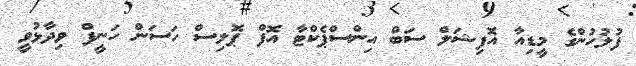
ފުލުހުންގެ މީޑިއާ އޮފިޝަލް ސަބް އިންސްޕެކްޓާ އޮފް ޕޮލިސް ހަސަން ހަނީފް ވިދާޅުވީ